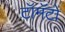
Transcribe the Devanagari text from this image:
टॉमॅटो